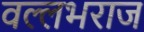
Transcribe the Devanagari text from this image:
वल्लभराज